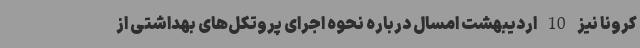
کرونا نیز 10 اردیبهشت امسال درباره نحوه اجرای پروتکل‌های بهداشتی از